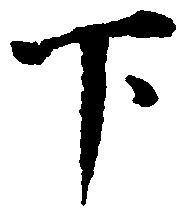
下